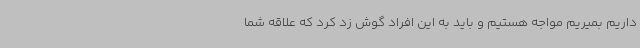
داریم بمیریم مواجه هستیم و باید به این افراد گوش زد کرد که علاقه شما